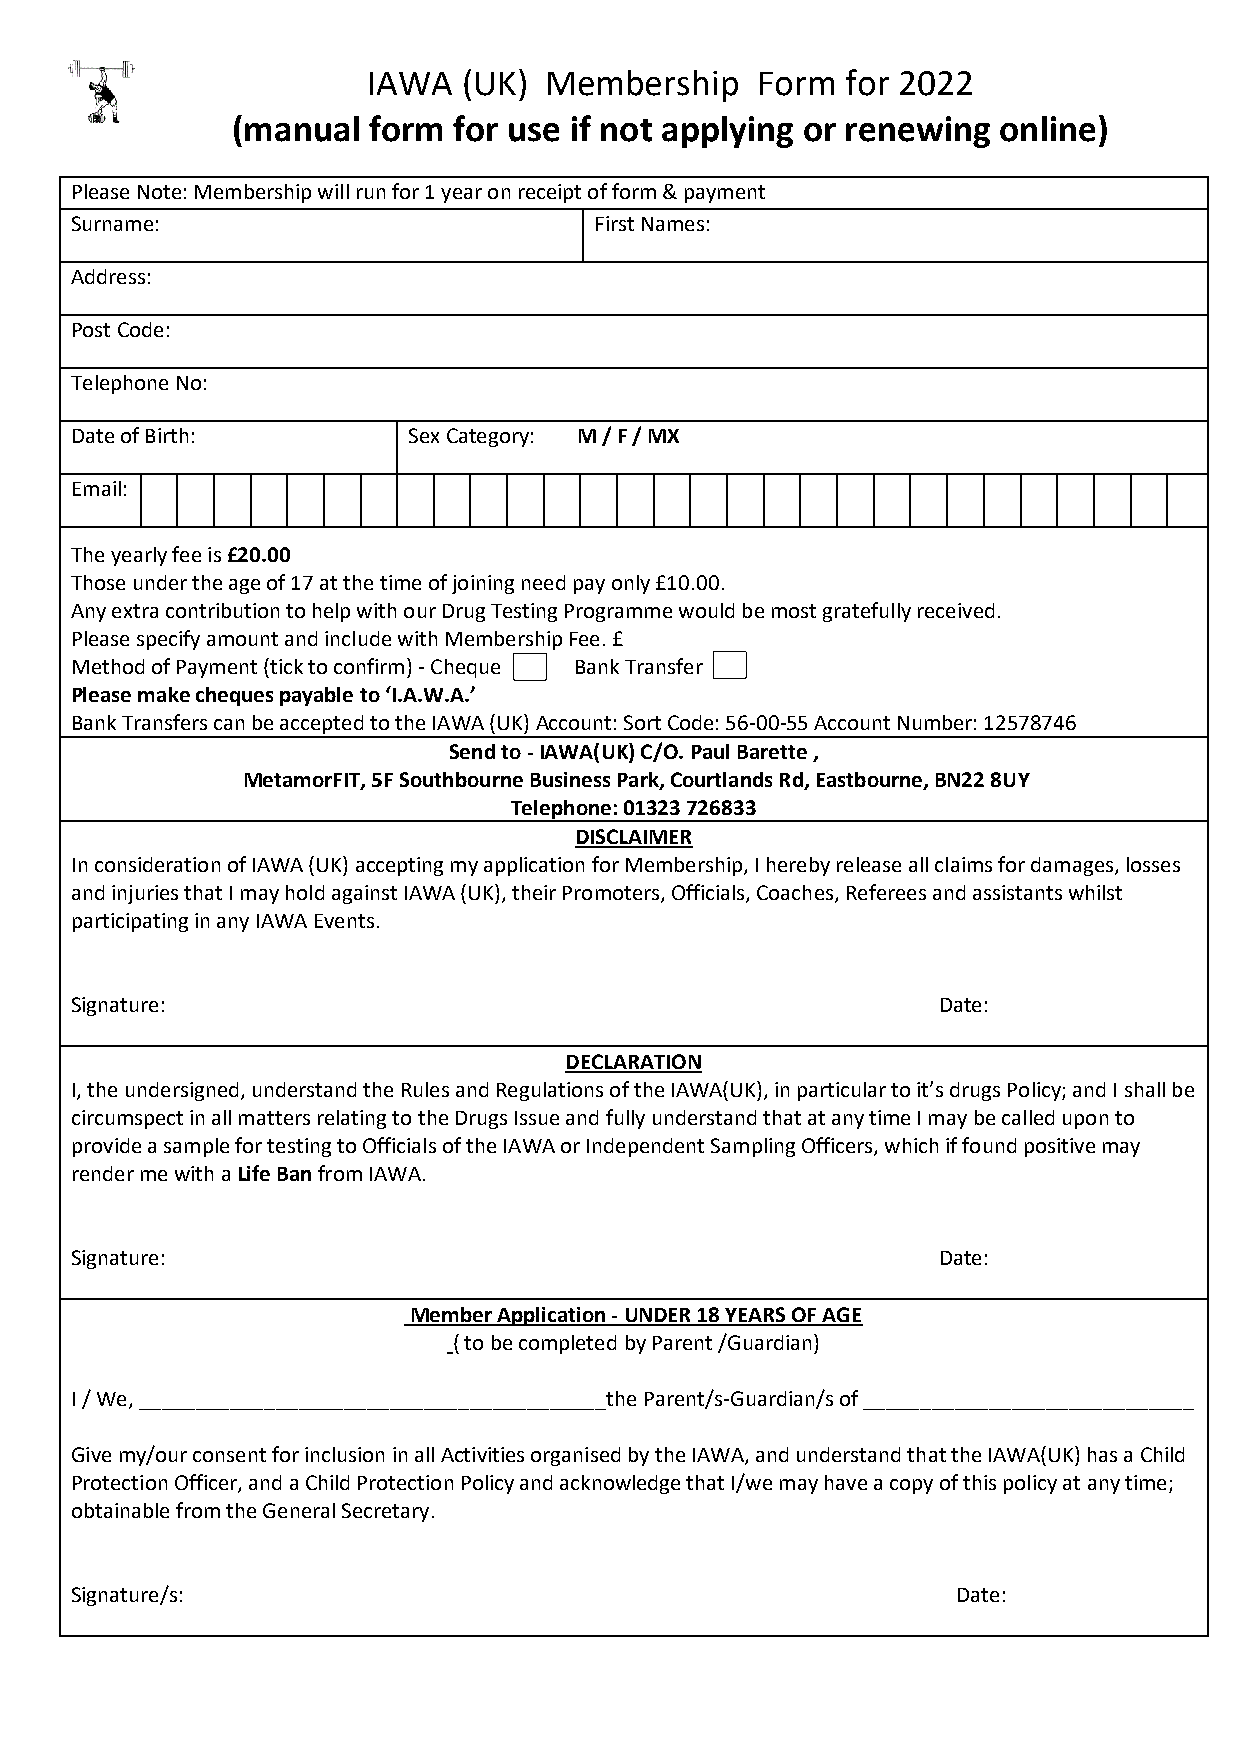
IAWA   (UK) Membership    Form  for 2022
 (manual  form  for use if not applying or renewing online)
 Please Note: Membership will run for 1 year on receipt of form & payment
 Surname:                          First Names:
 Address:
 Post Code:
 Telephone No:
 Date of Birth:        Sex Category: M / F / MX
 Email:
 The yearly fee is £20.00
 Those under the age of 17 at the time of joining need pay only £10.00.
 Any extra contribution to help with our Drug Testing Programme would be most gratefully received.
 Please specify amount and include with Membership Fee. £
 Method of Payment (tick to confirm) - Cheque Bank Transfer
 Please make cheques payable to ‘I.A.W.A.’
 Bank Transfers can be accepted to the IAWA (UK) Account: Sort Code: 56-00-55 Account Number: 12578746
 Send to - IAWA(UK) C/O. Paul Barette ,
 MetamorFIT, 5F Southbourne Business Park, Courtlands Rd, Eastbourne, BN22 8UY
 Telephone: 01323 726833
 DISCLAIMER
 In consideration of IAWA (UK) accepting my application for Membership, I hereby release all claims for damages, losses
 and injuries that I may hold against IAWA (UK), their Promoters, Officials, Coaches, Referees and assistants whilst
 participating in any IAWA Events.
 Signature:                                               Date:
 DECLARATION
 I, the undersigned, understand the Rules and Regulations of the IAWA(UK), in particular to it’s drugs Policy; and I shall be
 circumspect in all matters relating to the Drugs Issue and fully understand that at any time I may be called upon to
 provide a sample for testing to Officials of the IAWA or Independent Sampling Officers, which if found positive may
 render me with a Life Ban from IAWA.
 Signature:                                               Date:
 Member Application - UNDER 18 YEARS OF AGE
 ( to be completed by Parent /Guardian)
 I / We, _________________________________________the Parent/s-Guardian/s of _____________________________
 Give my/our consent for inclusion in all Activities organised by the IAWA, and understand that the IAWA(UK) has a Child
 Protection Officer, and a Child Protection Policy and acknowledge that I/we may have a copy of this policy at any time;
 obtainable from the General Secretary.
 Signature/s:                                              Date: